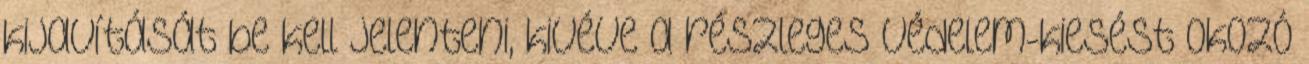
kijavítását be kell jelenteni, kivéve a részleges védelem-kiesést okozó